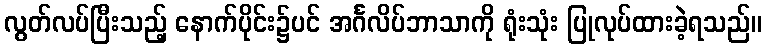
လွတ်လပ်ပြီးသည့် နောက်ပိုင်း၌ပင် အင်္ဂလိပ်ဘာသာကို ရုံးသုံး ပြုလုပ်ထားခဲ့ရသည်။